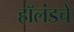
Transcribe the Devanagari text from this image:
हॉलंडचे